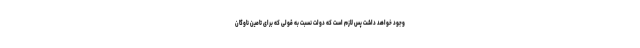
وجود خواهد داشت پس لازم است که دولت نسبت به قولی که برای تامین ناوگان